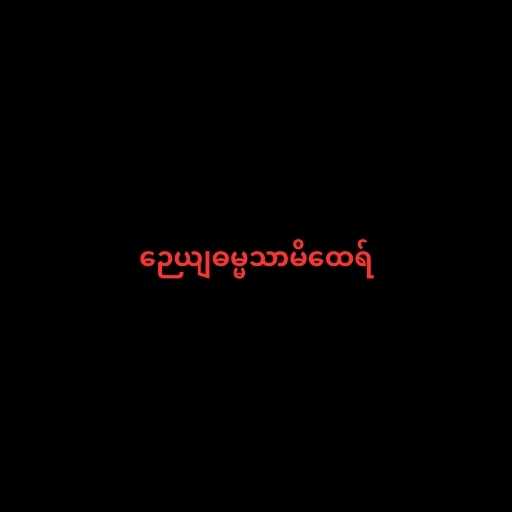
ဉေယျဓမ္မသာမိထေရ်